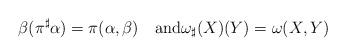
LaTeX: \begin{align*}\beta(\pi^{\sharp}\alpha)=\pi(\alpha,\beta)\quad\mathrm{and}\omega_{\sharp}(X)(Y)=\omega(X,Y)\end{align*}